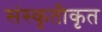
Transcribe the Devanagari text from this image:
संस्कृतीकृत